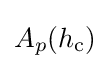
A_{p}(h_{\text{c}})